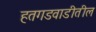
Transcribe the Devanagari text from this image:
हतगडवाडीतील